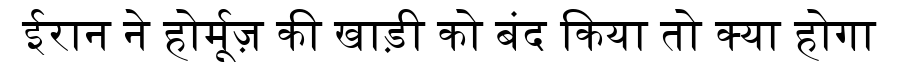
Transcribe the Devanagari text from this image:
ईरान ने होर्मूज़ की खाड़ी को बंद किया तो क्या होगा